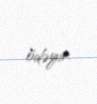
ödəyir.